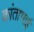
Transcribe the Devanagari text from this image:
कांताभाई